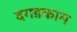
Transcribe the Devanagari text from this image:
दगडकाम